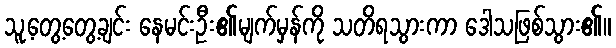
သူ့တွေ့တွေ့ချင်း နေမင်းဦး၏မျက်မှန်ကို သတိရသွားကာ ဒေါသဖြစ်သွား၏။